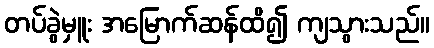
တပ်ခွဲမှူး အမြောက်ဆန်ထိ၍ ကျသွားသည်။